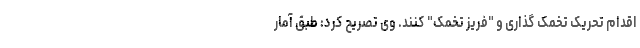
اقدام تحریک تخمک گذاری و "فریز تخمک" کنند. وی تصریح کرد: طبق آمار